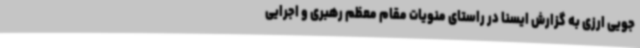
جویی ارزی به گزارش ایسنا در راستای منویات مقام معظم رهبری و اجرایی